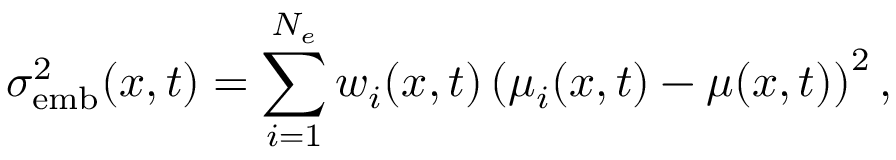
\sigma _ { \mathrm { e m b } } ^ { 2 } ( x , t ) = \sum _ { i = 1 } ^ { N _ { e } } w _ { i } ( x , t ) \left( \mu _ { i } ( x , t ) - \mu ( x , t ) \right) ^ { 2 } ,